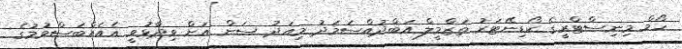
ހޯމް މިނިސްޓްރީގެ ކޯޑިނޭޓަރު ތަޒްމީލް އަބްދުއްސަމަދު މިއަދު ސަން އަށް ވިދާޅުވީ އެއެއްބަސްވުމުގެ